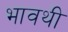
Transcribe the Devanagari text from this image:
भावथी